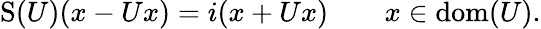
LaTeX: \operatorname{S}(U)(x-Ux)=i(x+Ux)\qquad x\in\operatorname{dom}(U).